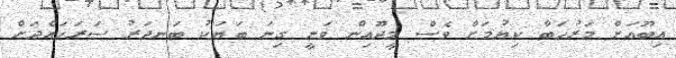
އިބޫއަށް މަރުހަބާ ކިޔުމަށް ވެސް މީދޫއިން ވަނީ ގިނަ ބަޔަކު ބަނދަރު ސަރަހައްދަށް